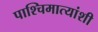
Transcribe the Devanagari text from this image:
पाश्चिमात्यांशी